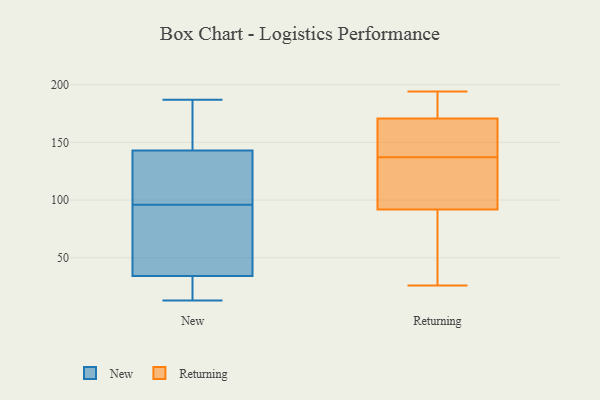
{"axis": {"x": "Customer Acquisition Cost (USD)", "y": "Value"}, "legend": ["New", "Returning"], "data": [{"x": "", "y": 117, "type": "New"}, {"x": "", "y": 174, "type": "New"}, {"x": "", "y": 187, "type": "New"}, {"x": "", "y": 35, "type": "New"}, {"x": "", "y": 92, "type": "New"}, {"x": "", "y": 24, "type": "New"}, {"x": "", "y": 161, "type": "New"}, {"x": "", "y": 20, "type": "New"}, {"x": "", "y": 137, "type": "New"}, {"x": "", "y": 32, "type": "New"}, {"x": "", "y": 103, "type": "New"}, {"x": "", "y": 13, "type": "New"}, {"x": "", "y": 162, "type": "New"}, {"x": "", "y": 96, "type": "New"}, {"x": "", "y": 53, "type": "New"}, {"x": "", "y": 126, "type": "New"}, {"x": "", "y": 51, "type": "New"}, {"x": "", "y": 187, "type": "Returning"}, {"x": "", "y": 137, "type": "Returning"}, {"x": "", "y": 121, "type": "Returning"}, {"x": "", "y": 164, "type": "Returning"}, {"x": "", "y": 147, "type": "Returning"}, {"x": "", "y": 137, "type": "Returning"}, {"x": "", "y": 194, "type": "Returning"}, {"x": "", "y": 26, "type": "Returning"}, {"x": "", "y": 82, "type": "Returning"}, {"x": "", "y": 173, "type": "Returning"}, {"x": "", "y": 82, "type": "Returning"}]}